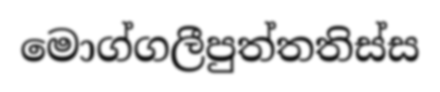
මොග්ගලීපුත්තතිස්ස